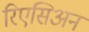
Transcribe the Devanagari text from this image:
रिएसिअन